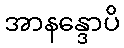
အာနန္ဒောပိ